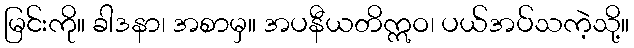
မြင်းကို။ ခါဒနာ၊ အစာမှ။ အပနီယတိဣဝ၊ ပယ်အပ်သကဲ့သို့။